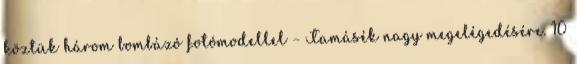
köztük három bombázó fotómodellel – Tamásék nagy megelégedésére. 10